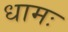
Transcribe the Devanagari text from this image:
धामः